Annual administration and progress report of the Indian Medical Department, Bombay
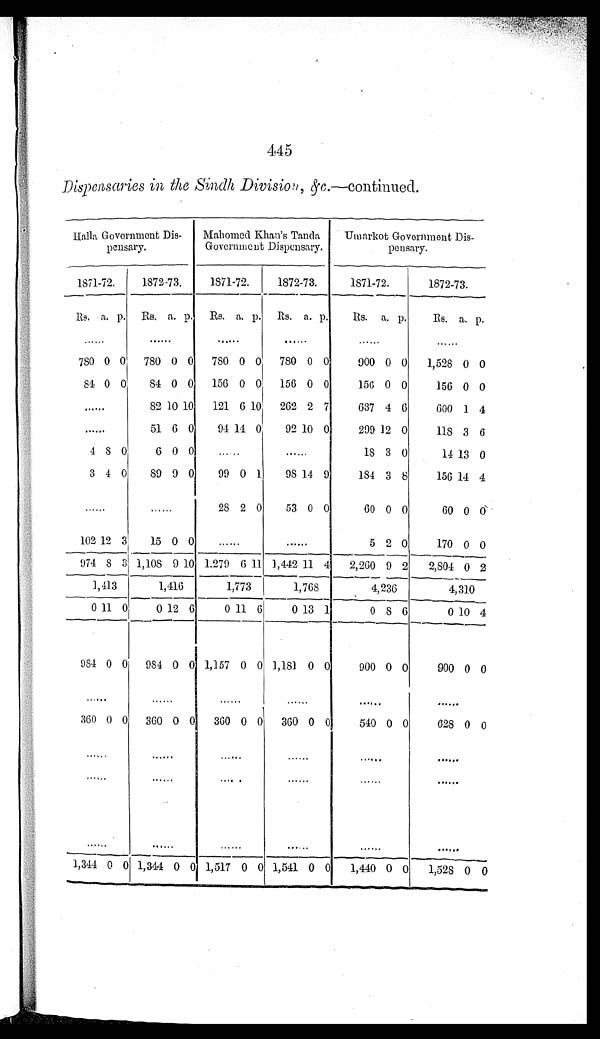
445
Dispensaries in the Sindh, Division, &c.—continued.
Halla Government Dis-
pensary.
Mahomed Khan's Tanda
Government Dispensary.
Umarkot Government Dis-
pensary.
1871-72.
1872-73.
1871-72.
1872-73.
1871-72.
1872-73.
Rs. a. p. Rs. a. p. Rs. a. p.
R s . a. p.
R s .
a. p.
R s .
a. p.
. . .
. . .
. . .
. . .
. . .
. . .
780 0 0
780 0 0
780 0 0
780 0 0
900 0 0
1,528 0 0
84 0 0
84 0 0
156 0 0
156 0 0
156 0 0
156 0 0
. . .
82 10 10
121 6 10
262 2 7
637 4 6
600 1 4
. . .
51 6 0
94 14 0
92 10 0
299 12 0
118 3 6
4 8 0
6 0 0
. . .
. . .
18 3 0
14 13 0
3 4 0
89 9 0
99 0 1
98 14 9
184 3 8
156 14 4
. . .
. . .
28 2 0
53 0 0
60 0 0
60 0
0
102 12 3
15 0 0
. . .
. . .
5 2 0
170 0 0
974
8 3 1,108 9 10 1,279 6 11 1,442 11 4
2,260 9 2
2,804 0
2
1,413
1,416
1,773
1,768
4,236
4,310
0 11 0
0 12 6
0 11 6
0 13 1
0
8 6
0 10 4
984 0 0
984
0 0 1,157 0 0 1,181 0 0
900 0 0
900 0 0
. . .
. . .
. . .
. . .
. . .
. . .
360 0 0
360 0 0
360 0 0
360 0 0
540 0 0
628 0 0
. . .
. . .
. . .
. . .
. . .
. . .
. . .
. . .
. . .
. . .
. . .
. . .
. . .
. . .
. . .
. . .
. . .
. . .
1,344 0 0 1,344 0 0 1,517 0 0 1,541 0 0
1,440 0 0
1,528
0
0